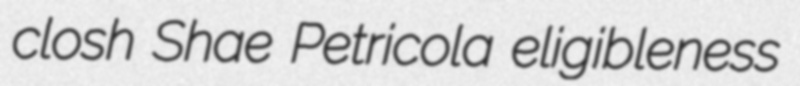
closh Shae Petricola eligibleness